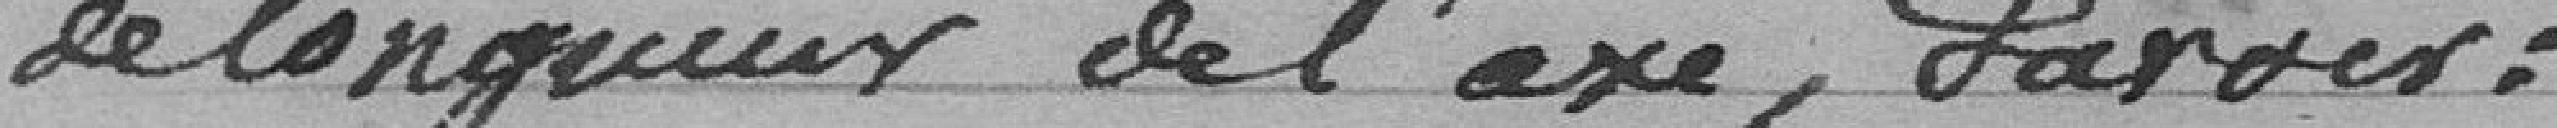
de longueur de l'axe , savoir